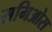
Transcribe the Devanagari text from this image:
समिओस